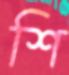
শি